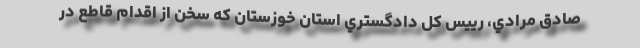
صادق مرادي، رييس‌ كل دادگستري استان خوزستان كه سخن از اقدام قاطع در